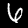
Label: 6